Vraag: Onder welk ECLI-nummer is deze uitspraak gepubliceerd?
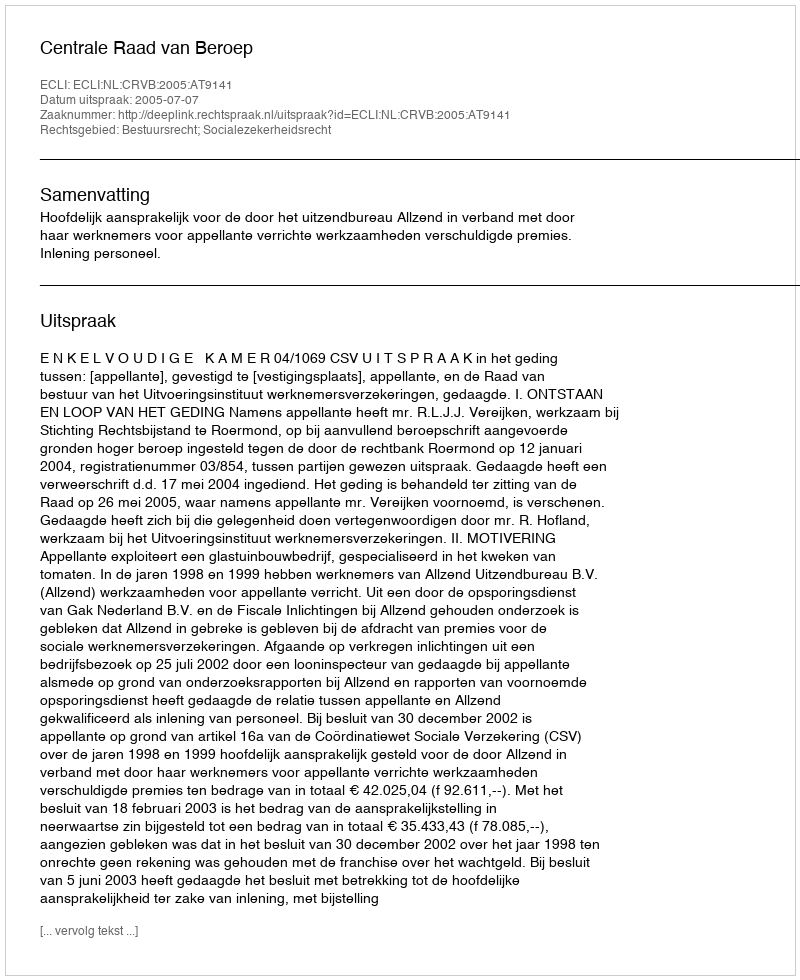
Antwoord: ECLI:NL:CRVB:2005:AT9141